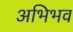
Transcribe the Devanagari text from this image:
अभिभव